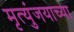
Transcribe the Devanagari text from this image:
मृत्युंजयाच्या